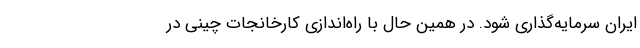
ایران سرمایه‌گذاری شود. در همین حال با راه‌اندازی کارخانجات چینی در